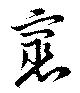
裹